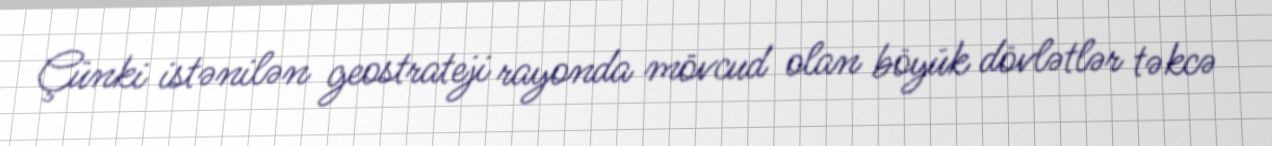
Çünki istənilən geostrateji rayonda mövcud olan böyük dövlətlər təkcə